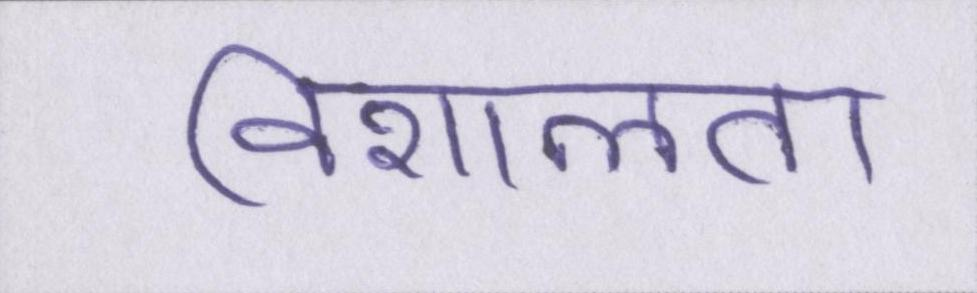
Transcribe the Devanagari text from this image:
विशालता